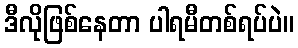
ဒီလိုဖြစ်နေတာ ပါရမီတစ်ရပ်ပဲ။